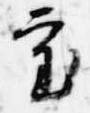
審